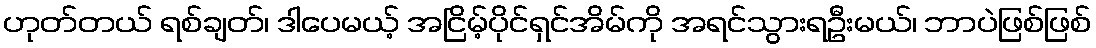
ဟုတ်တယ် ရစ်ချတ်၊ ဒါပေမယ့် အငြိမ့်ပိုင်ရှင်အိမ်ကို အရင်သွားရဦးမယ်၊ ဘာပဲဖြစ်ဖြစ်